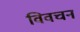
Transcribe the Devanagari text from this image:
विवचन